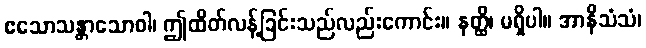
ဧသောသန္တာသောဝါ၊ ဤထိတ်လန့်ခြင်းသည်လည်းကောင်း။ နတ္ထိ၊ မရှိပါ။ အာနိသံသံ၊